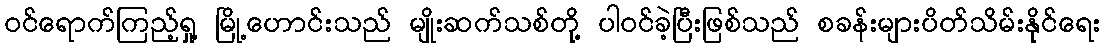
ဝင်ရောက်ကြည့်ရှု့ မြို့ဟောင်းသည် မျိုးဆက်သစ်တို့ ပါဝင်ခဲ့ပြီးဖြစ်သည် စခန်းများပိတ်သိမ်းနိုင်ရေး